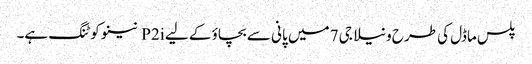
پلس ماڈل کی طرح ونیلا جی 7 میں پانی سے بچاؤ کے لیے P2i نینو کوٹنگ ہے۔